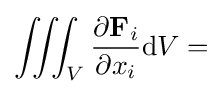
\iiint _{V}{\dfrac {\partial \mathbf {F} _{i}}{\partial x_{i}}}\mathrm {d} V=